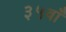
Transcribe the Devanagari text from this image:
३५वाँ